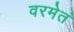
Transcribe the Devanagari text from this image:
वरमेतं